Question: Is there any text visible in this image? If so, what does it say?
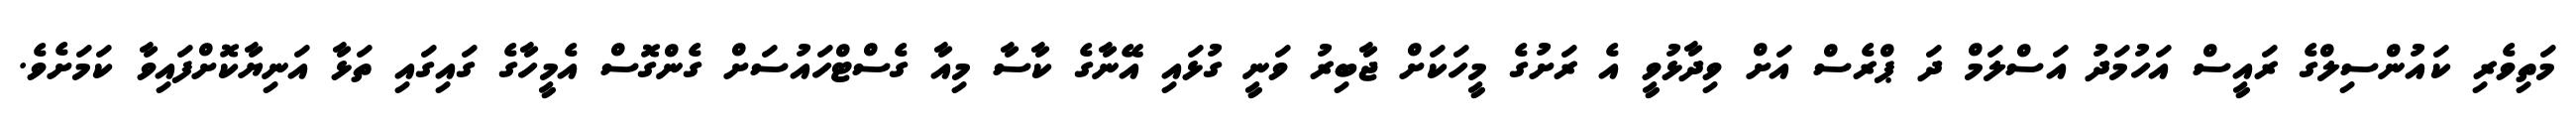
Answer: މަތިވެރި ކައުންސިލްގެ ރައީސް އަހުމަދު އަސްލަމް ދަ ޕްރެސް އަށް ވިދާޅުވީ އެ ރަށުގެ މީހަކަށް ޖާބިރު ވަނީ ގުޅައި އޭނާގެ ކާސާ މިއާ ގެސްޓްހައުސަށް ގެންގޮސް އެމީހާގެ ގައިގައި ތަޅާ އަނިޔާކޮށްފައިވާ ކަމަށެވެ.